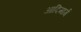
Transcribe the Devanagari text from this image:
आदिमार्ग